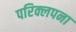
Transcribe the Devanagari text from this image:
परिक्लपना